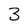
Character: 3